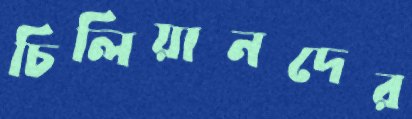
চিলিয়ানদের